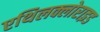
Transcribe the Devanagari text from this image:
एथिलक्लोराइड